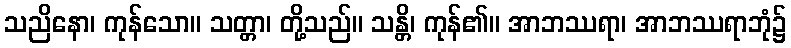
သညိနော၊ ကုန်သော။ သတ္တာ၊ တို့သည်။ သန္တိ၊ ကုန်၏။ အာဘဿရာ၊ အာဘဿရာဘုံ၌